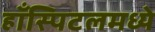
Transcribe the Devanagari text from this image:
हाँस्पिटलमध्ये